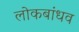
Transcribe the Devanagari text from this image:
लोकबांधव